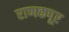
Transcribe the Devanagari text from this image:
राणकपूर